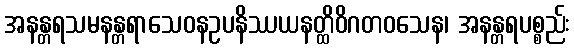
အနန္တရသမနန္တရာသေဝနဥပနိဿယနတ္ထိဝိဂတဝသေန၊ အနန္တရပစ္စည်း